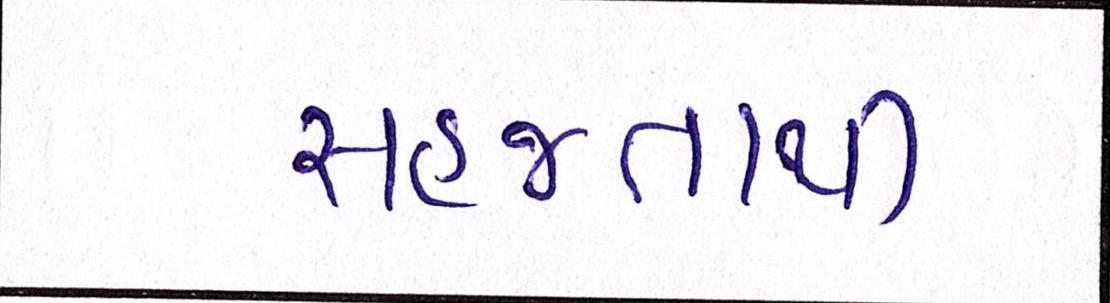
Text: સહજતાથી